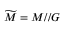
{ \widetilde { M } } = M / / G